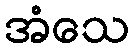
အံသေ